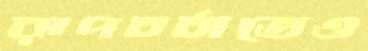
রূপচর্চাতেও